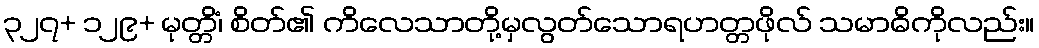
၃၂၇+ ၁၂၉+ မုတ္တိံ၊ စိတ်၏ ကိလေသာတို့မှလွတ်သောရဟတ္တဖိုလ် သမာဓိကိုလည်း။